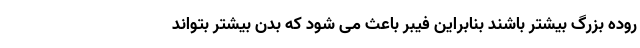
روده بزرگ بیشتر باشند بنابراین فیبر باعث می شود که بدن بیشتر بتواند